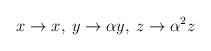
LaTeX: \begin{align*}x \rightarrow x, \: y \rightarrow \alpha y, \: z \rightarrow \alpha^2 z\end{align*}